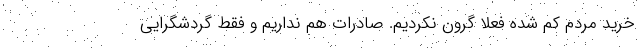
خرید مردم کم شده فعلا گرون نکردیم. صادرات هم نداریم و فقط گردشگرایی